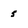
Character: 5